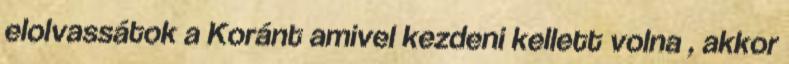
elolvassátok a Koránt amivel kezdeni kellett volna , akkor